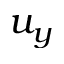
u _ { y }